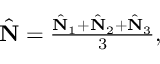
\begin{array} { r } { \hat { \bf N } = \frac { \hat { \bf N } _ { 1 } + \hat { \bf N } _ { 2 } + \hat { \bf N } _ { 3 } } { 3 } , } \end{array}